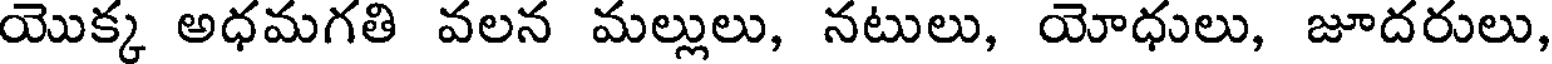
యొక్క అధమగతి వలన మల్లులు, నటులు, యోధులు, జూదరులు,